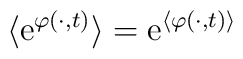
\langle \mbox{e}^{\varphi(\cdot,t)} \rangle    = \mbox{e}^{\langle \varphi(\cdot,t) \rangle}